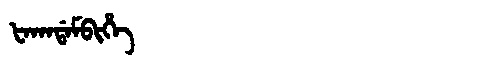
Manchu: ᡶᠠᡴᠠᡩᠠᠮᠪᡳᡥᡝ
Romanization: FAKADAMBIHE